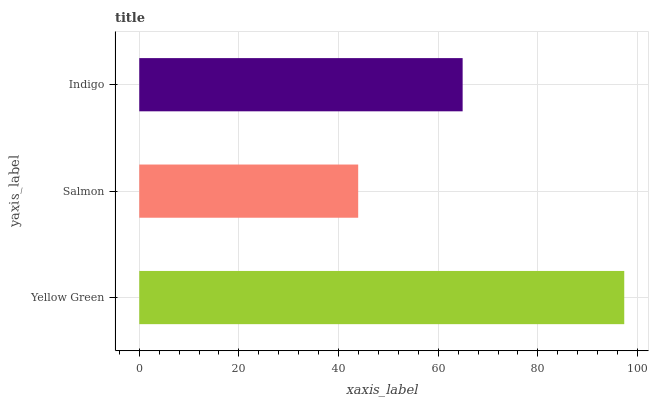
| yaxis_label | bars |
 | --- | --- |
 | Yellow Green | 97.3 |
 | Salmon | 43.9 |
 | Indigo | 64.9 |